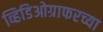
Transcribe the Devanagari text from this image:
व्हिडिओग्राफरच्या